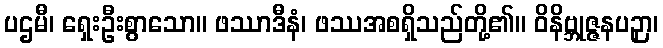
ပဌမီ၊ ရှေးဦးစွာသော။ ဖဿာဒီနံ၊ ဖဿအစရှိသည်တို့၏။ ဝိနိဗ္ဘုဇ္ဇနပဉှာ၊